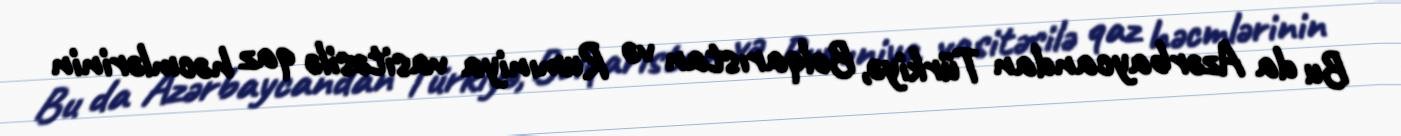
Bu da Azərbaycandan Türkiyə, Bolqarıstan və Rumıniya vasitəsilə qaz həcmlərinin